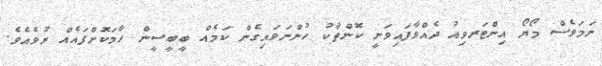
ނަމަވެސް މޯޔޯ އިންޓަރވިއު ދެއްވާފައިވަނީ ކޮންތާކު ހުންނަވައިގެން ކަމެއް ބީބީސީން ހާމަކޮށްފައެއް ނުވެއެވެ.